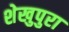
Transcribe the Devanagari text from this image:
शेखुपुरा